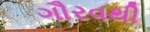
ગૌરવથી